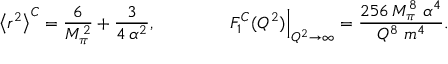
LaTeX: \left< r ^ { 2 } \right> ^ { C } = \frac { 6 } { M _ { \pi } ^ { 2 } } + \frac { 3 } { 4 \, \alpha ^ { 2 } } , \qquad \qquad \left. F _ { 1 } ^ { C } ( Q ^ { 2 } ) \right| _ { Q ^ { 2 } \rightarrow \infty } = \frac { 2 5 6 \, M _ { \pi } ^ { 8 } \; \alpha ^ { 4 } } { Q ^ { 8 } \; m ^ { 4 } } .